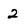
Character: 2